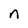
Character: n